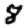
Digit: 8